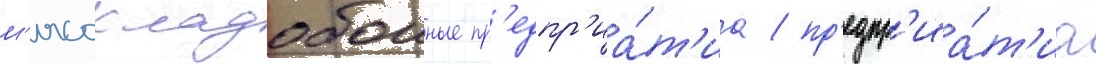
м'ясохладобоиные пр'едпр'иа́т'иа / пр'едпр'иа́т'иа